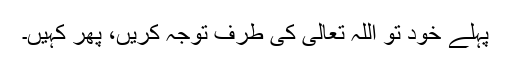
پہلے خود تو اللہ تعالیٰ کی طرف توجہ کریں، پھر کہیں۔